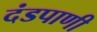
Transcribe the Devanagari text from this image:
दंडपाणी